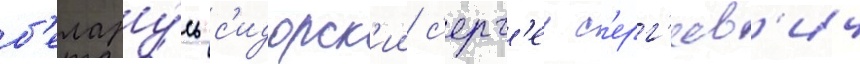
б'елару́сь с'идорск'ии с'ерг'еи с'ерг'еев'ич